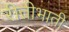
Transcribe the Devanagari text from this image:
रीतीभाती